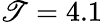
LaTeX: \mathscr{T}=4.1